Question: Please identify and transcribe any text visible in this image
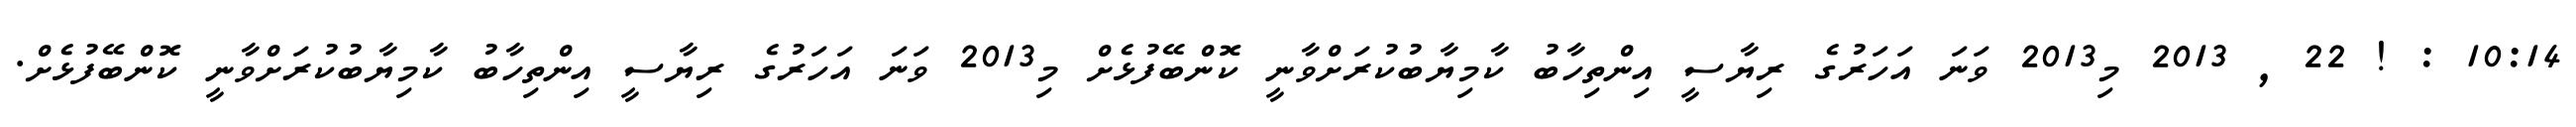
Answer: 10:14 : ! 22 , 2013 މި2013 ވަނަ އަހަރުގެ ރިޔާސީ އިންތިހާބު ކާމިޔާބުކުރަށްވާނީ ކޮންބޭފުޅެށް މި2013 ވަނަ އަހަރުގެ ރިޔާސީ އިންތިހާބު ކާމިޔާބުކުރަށްވާނީ ކޮންބޭފުޅެށް.